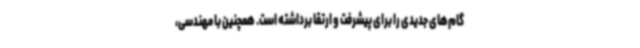
گام‌های جدیدی را برای پیشرفت و ارتقا برداشته است. همچنین با مهندسی،